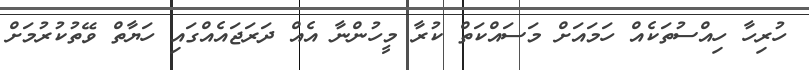
ހުރިހާ ހިއްސުތަކެއް ހަމައަށް މަސައްކަތް ކުރާ މީހުންނާ އެއް ދަރަޖައެއްގައި ހަޔާތް ވޭތުކުރުމަށް